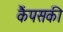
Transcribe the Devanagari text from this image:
कैंपसकी